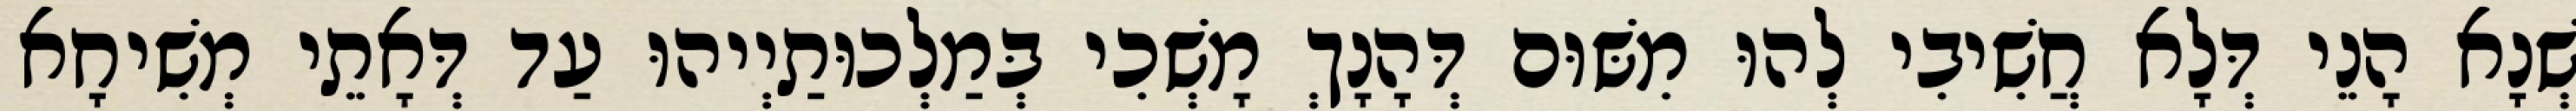
שְׁנָא הָנֵי דְּלָא חֲשִׁיבִי לְהוּ מִשּׁוּם דְּהָנָךְ מָשְׁכִי בְּמַלְכוּתַיְיהוּ עַד דְּאָתֵי מְשִׁיחָא